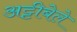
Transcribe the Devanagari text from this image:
अट्टीबेले